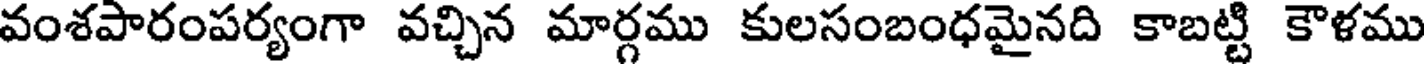
వంశపారంపర్యంగా వచ్చిన మార్గము కులసంబంధమైనది కాబట్టి కౌళము